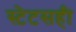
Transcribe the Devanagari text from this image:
स्टेटसही